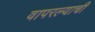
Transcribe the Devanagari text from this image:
वापरल्याची